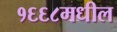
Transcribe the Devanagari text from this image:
१६६८मधील